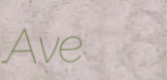
Ave